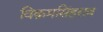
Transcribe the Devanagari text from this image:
विक्रमसिंहराव